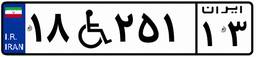
۲۷W۹۵۷۳۸